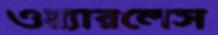
ওয়্যারলেস